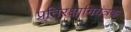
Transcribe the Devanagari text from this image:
प्रतिरक्षानियंत्रक